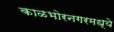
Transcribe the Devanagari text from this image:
काळभोरनगरमध्ये